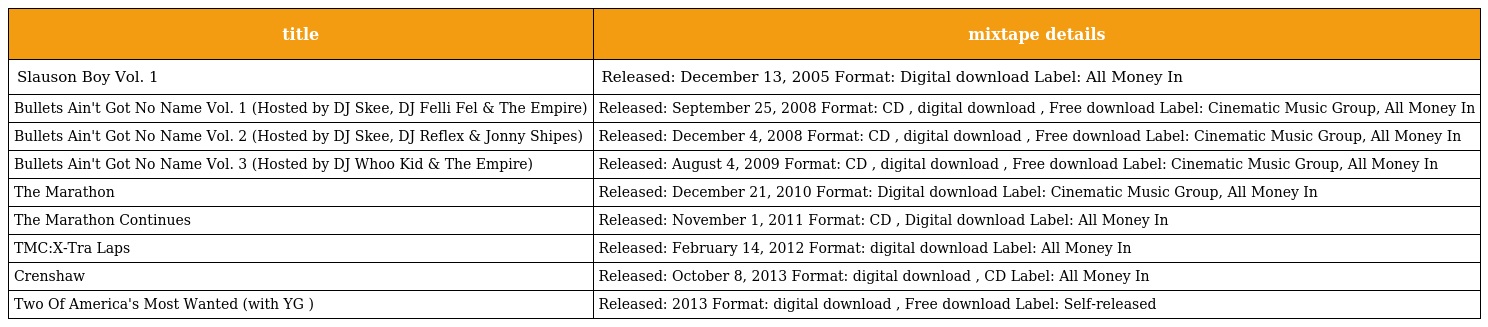
| title | mixtape details |
 | --- | --- |
 | Slauson Boy Vol. 1 | Released: December 13, 2005 Format: Digital download Label: All Money In |
 | Bullets Ain't Got No Name Vol. 1 (Hosted by DJ Skee, DJ Felli Fel & The Empire) | Released: September 25, 2008 Format: CD , digital download , Free download Label: Cinematic Music Group, All Money In |
 | Bullets Ain't Got No Name Vol. 2 (Hosted by DJ Skee, DJ Reflex & Jonny Shipes) | Released: December 4, 2008 Format: CD , digital download , Free download Label: Cinematic Music Group, All Money In |
 | Bullets Ain't Got No Name Vol. 3 (Hosted by DJ Whoo Kid & The Empire) | Released: August 4, 2009 Format: CD , digital download , Free download Label: Cinematic Music Group, All Money In |
 | The Marathon | Released: December 21, 2010 Format: Digital download Label: Cinematic Music Group, All Money In |
 | The Marathon Continues | Released: November 1, 2011 Format: CD , Digital download Label: All Money In |
 | TMC:X-Tra Laps | Released: February 14, 2012 Format: digital download Label: All Money In |
 | Crenshaw | Released: October 8, 2013 Format: digital download , CD Label: All Money In |
 | Two Of America's Most Wanted (with YG ) | Released: 2013 Format: digital download , Free download Label: Self-released |